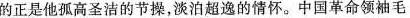
的正是他孤高圣洁的节操，淡泊超 逸的情怀。中国革命领袖毛